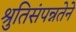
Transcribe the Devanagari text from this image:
श्रुतिसंपन्नतेने